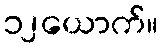
၁၂ယောက်။